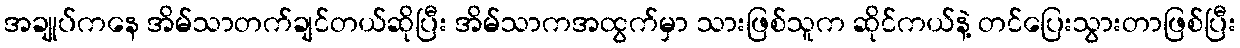
အချုပ်ကနေ အိမ်သာတက်ချင်တယ်ဆိုပြီး အိမ်သာကအထွက်မှာ သားဖြစ်သူက ဆိုင်ကယ်နဲ့ တင်ပြေးသွားတာဖြစ်ပြီး